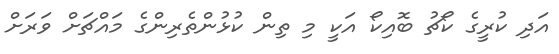
އަދި ކުރީގެ ކޯޗު ބޮއިކޯ އަކީ މި ތިން ކުޅުންތެރިންގެ މައްޗަށް ވަރަށް